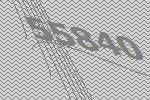
55840